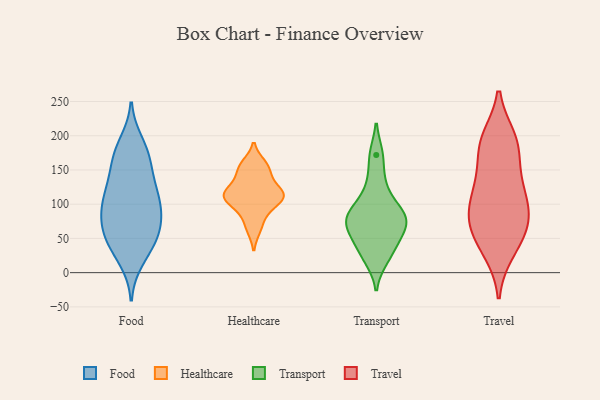
{"axis": {"x": "Inventory Turnover", "y": "Value"}, "legend": ["Food", "Healthcare", "Transport", "Travel"], "data": [{"x": "", "y": 62, "type": "Food"}, {"x": "", "y": 30, "type": "Food"}, {"x": "", "y": 122, "type": "Food"}, {"x": "", "y": 50, "type": "Food"}, {"x": "", "y": 19, "type": "Food"}, {"x": "", "y": 114, "type": "Food"}, {"x": "", "y": 85, "type": "Food"}, {"x": "", "y": 189, "type": "Food"}, {"x": "", "y": 167, "type": "Food"}, {"x": "", "y": 95, "type": "Food"}, {"x": "", "y": 100, "type": "Food"}, {"x": "", "y": 132, "type": "Food"}, {"x": "", "y": 47, "type": "Food"}, {"x": "", "y": 69, "type": "Food"}, {"x": "", "y": 107, "type": "Food"}, {"x": "", "y": 81, "type": "Food"}, {"x": "", "y": 177, "type": "Food"}, {"x": "", "y": 51, "type": "Food"}, {"x": "", "y": 148, "type": "Food"}, {"x": "", "y": 172, "type": "Food"}, {"x": "", "y": 105, "type": "Healthcare"}, {"x": "", "y": 113, "type": "Healthcare"}, {"x": "", "y": 158, "type": "Healthcare"}, {"x": "", "y": 64, "type": "Healthcare"}, {"x": "", "y": 154, "type": "Healthcare"}, {"x": "", "y": 142, "type": "Healthcare"}, {"x": "", "y": 124, "type": "Healthcare"}, {"x": "", "y": 112, "type": "Healthcare"}, {"x": "", "y": 84, "type": "Healthcare"}, {"x": "", "y": 116, "type": "Healthcare"}, {"x": "", "y": 106, "type": "Healthcare"}, {"x": "", "y": 172, "type": "Transport"}, {"x": "", "y": 73, "type": "Transport"}, {"x": "", "y": 20, "type": "Transport"}, {"x": "", "y": 130, "type": "Transport"}, {"x": "", "y": 35, "type": "Transport"}, {"x": "", "y": 84, "type": "Transport"}, {"x": "", "y": 98, "type": "Transport"}, {"x": "", "y": 67, "type": "Transport"}, {"x": "", "y": 52, "type": "Transport"}, {"x": "", "y": 82, "type": "Transport"}, {"x": "", "y": 121, "type": "Travel"}, {"x": "", "y": 77, "type": "Travel"}, {"x": "", "y": 99, "type": "Travel"}, {"x": "", "y": 88, "type": "Travel"}, {"x": "", "y": 182, "type": "Travel"}, {"x": "", "y": 66, "type": "Travel"}, {"x": "", "y": 134, "type": "Travel"}, {"x": "", "y": 135, "type": "Travel"}, {"x": "", "y": 189, "type": "Travel"}, {"x": "", "y": 195, "type": "Travel"}, {"x": "", "y": 86, "type": "Travel"}, {"x": "", "y": 32, "type": "Travel"}, {"x": "", "y": 38, "type": "Travel"}, {"x": "", "y": 59, "type": "Travel"}, {"x": "", "y": 191, "type": "Travel"}]}